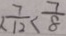
< \frac { 7 } { 1 2 } < \frac { 7 } { 8 }